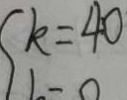
k = 4 0